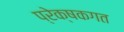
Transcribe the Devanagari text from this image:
प्रेक्षकगत